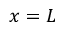
x = L